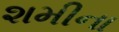
શમીના